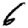
Digit: 6